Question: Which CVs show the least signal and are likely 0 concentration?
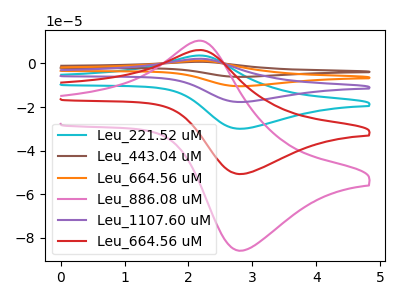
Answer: <think>The cyan curve "Leu_221.52 uM" has an anodic peak at (2.15V, 12.25uA) and a cathodic peak at (2.85V, -101.35uA). The brown curve "Leu_443.04 uM" has an anodic peak at (2.15V, 30.65uA) and a cathodic peak at (2.85V, -253.40uA). The orange curve "Leu_664.56 uM" has an anodic peak at (2.15V, 24.50uA) and a cathodic peak at (2.85V, -202.70uA). The pink curve "Leu_886.08 uM" has an anodic peak at (2.15V, 10.40uA) and a cathodic peak at (2.85V, -85.80uA). The purple curve "Leu_1107.60 uM" has an anodic peak at (2.15V, 18.40uA) and a cathodic peak at (2.85V, -152.05uA). The red curve "Leu_664.56 uM" has an anodic peak at (2.15V, 6.15uA) and a cathodic peak at (2.85V, -50.70uA).</think>
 <answer>There are not any CV's on this graph that are likely to be blanks.</answer>
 <eval>none</eval>